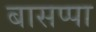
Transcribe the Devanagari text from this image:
बासप्पा